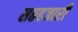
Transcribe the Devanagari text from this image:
सप्तहजारी